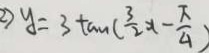
2 ) y = 3 \tan ( \frac { 3 } { 2 } x - \frac { \pi } { 4 } )